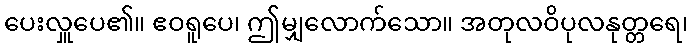
ပေးလှူပေ၏။ ဧဝရူပေ၊ ဤမျှလောက်သော။ အတုလဝိပုလနုတ္တရေ၊